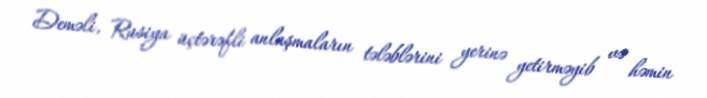
Deməli, Rusiya üçtərəfli anlaşmaların tələblərini yerinə yetirməyib və həmin